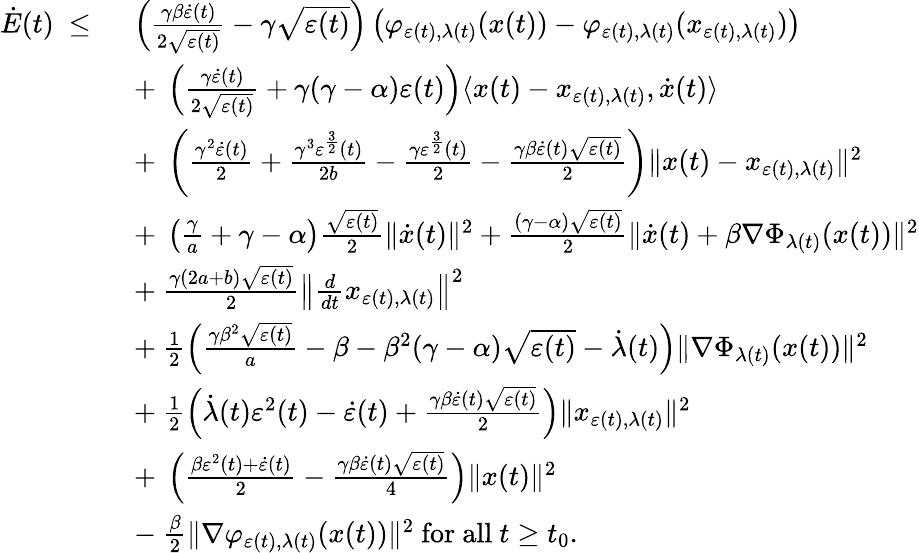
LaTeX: \begin{array}{rl}{\dot{E}(t)\ \leq\ }&{\left(\frac{\gamma\beta\dot{\varepsilon}(t)}{2\sqrt{\varepsilon(t)}}-\gamma\sqrt{\varepsilon(t)}\right)\left(\varphi_{\varepsilon(t),\lambda(t)}(x(t))-\varphi_{\varepsilon(t),\lambda(t)}(x_{\varepsilon(t),\lambda(t)})\right)}\\ &{+\ \left(\frac{\gamma\dot{\varepsilon}(t)}{2\sqrt{\varepsilon(t)}}+\gamma(\gamma-\alpha)\varepsilon(t)\right)\langle x(t)-x_{\varepsilon(t),\lambda(t)},\dot{x}(t)\rangle}\\ &{+\ \left(\frac{\gamma^{2}\dot{\varepsilon}(t)}{2}+\frac{\gamma^{3}\varepsilon^{\frac{3}{2}}(t)}{2b}-\frac{\gamma\varepsilon^{\frac{3}{2}}(t)}{2}-\frac{\gamma\beta\dot{\varepsilon}(t)\sqrt{\varepsilon(t)}}{2}\right)\| x(t)-x_{\varepsilon(t),\lambda(t)}\| ^{2}}\\ &{+\ \left(\frac{\gamma}{a}+\gamma-\alpha\right)\frac{\sqrt{\varepsilon(t)}}{2}\| \dot{x}(t)\| ^{2}+\frac{(\gamma-\alpha)\sqrt{\varepsilon(t)}}{2}\| \dot{x}(t)+\beta\nabla\Phi_{\lambda(t)}(x(t))\| ^{2}}\\ &{+\ \frac{\gamma(2a+b)\sqrt{\varepsilon(t)}}{2}\left\| \frac{d}{dt}x_{\varepsilon(t),\lambda(t)}\right\| ^{2}}\\ &{+\ \frac{1}{2}\left(\frac{\gamma\beta^{2}\sqrt{\varepsilon(t)}}{a}-\beta-\beta^{2}(\gamma-\alpha)\sqrt{\varepsilon(t)}-\dot{\lambda}(t)\right)\| \nabla\Phi_{\lambda(t)}(x(t))\| ^{2}}\\ &{+\ \frac{1}{2}\left(\dot{\lambda}(t)\varepsilon^{2}(t)-\dot{\varepsilon}(t)+\frac{\gamma\beta\dot{\varepsilon}(t)\sqrt{\varepsilon(t)}}{2}\right)\| x_{\varepsilon(t),\lambda(t)}\| ^{2}}\\ &{+\ \left(\frac{\beta\varepsilon^{2}(t)+\dot{\varepsilon}(t)}{2}-\frac{\gamma\beta\dot{\varepsilon}(t)\sqrt{\varepsilon(t)}}{4}\right)\| x(t)\| ^{2}}\\ &{-\ \frac{\beta}{2}\| \nabla\varphi_{\varepsilon(t),\lambda(t)}(x(t))\| ^{2}\mathrm{~for~all~}t\geq t_{0}.}\end{array}